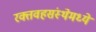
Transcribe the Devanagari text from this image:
रक्तवहसंस्थेमध्ये